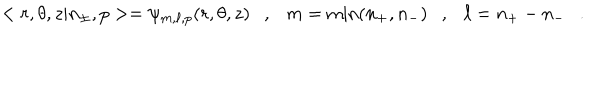
LaTeX: < r , \theta , z | n _ { \pm } , p > = \psi _ { m , \ell , p } ( r , \theta , z ) \ \ \ , \ \ \ m = \mathrm { m i n } ( n _ { + } , n _ { - } ) \ \ \ , \ \ \ \ell = n _ { + } - n _ { - } \ \ \ .